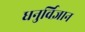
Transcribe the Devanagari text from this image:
धनुर्विज्ञान